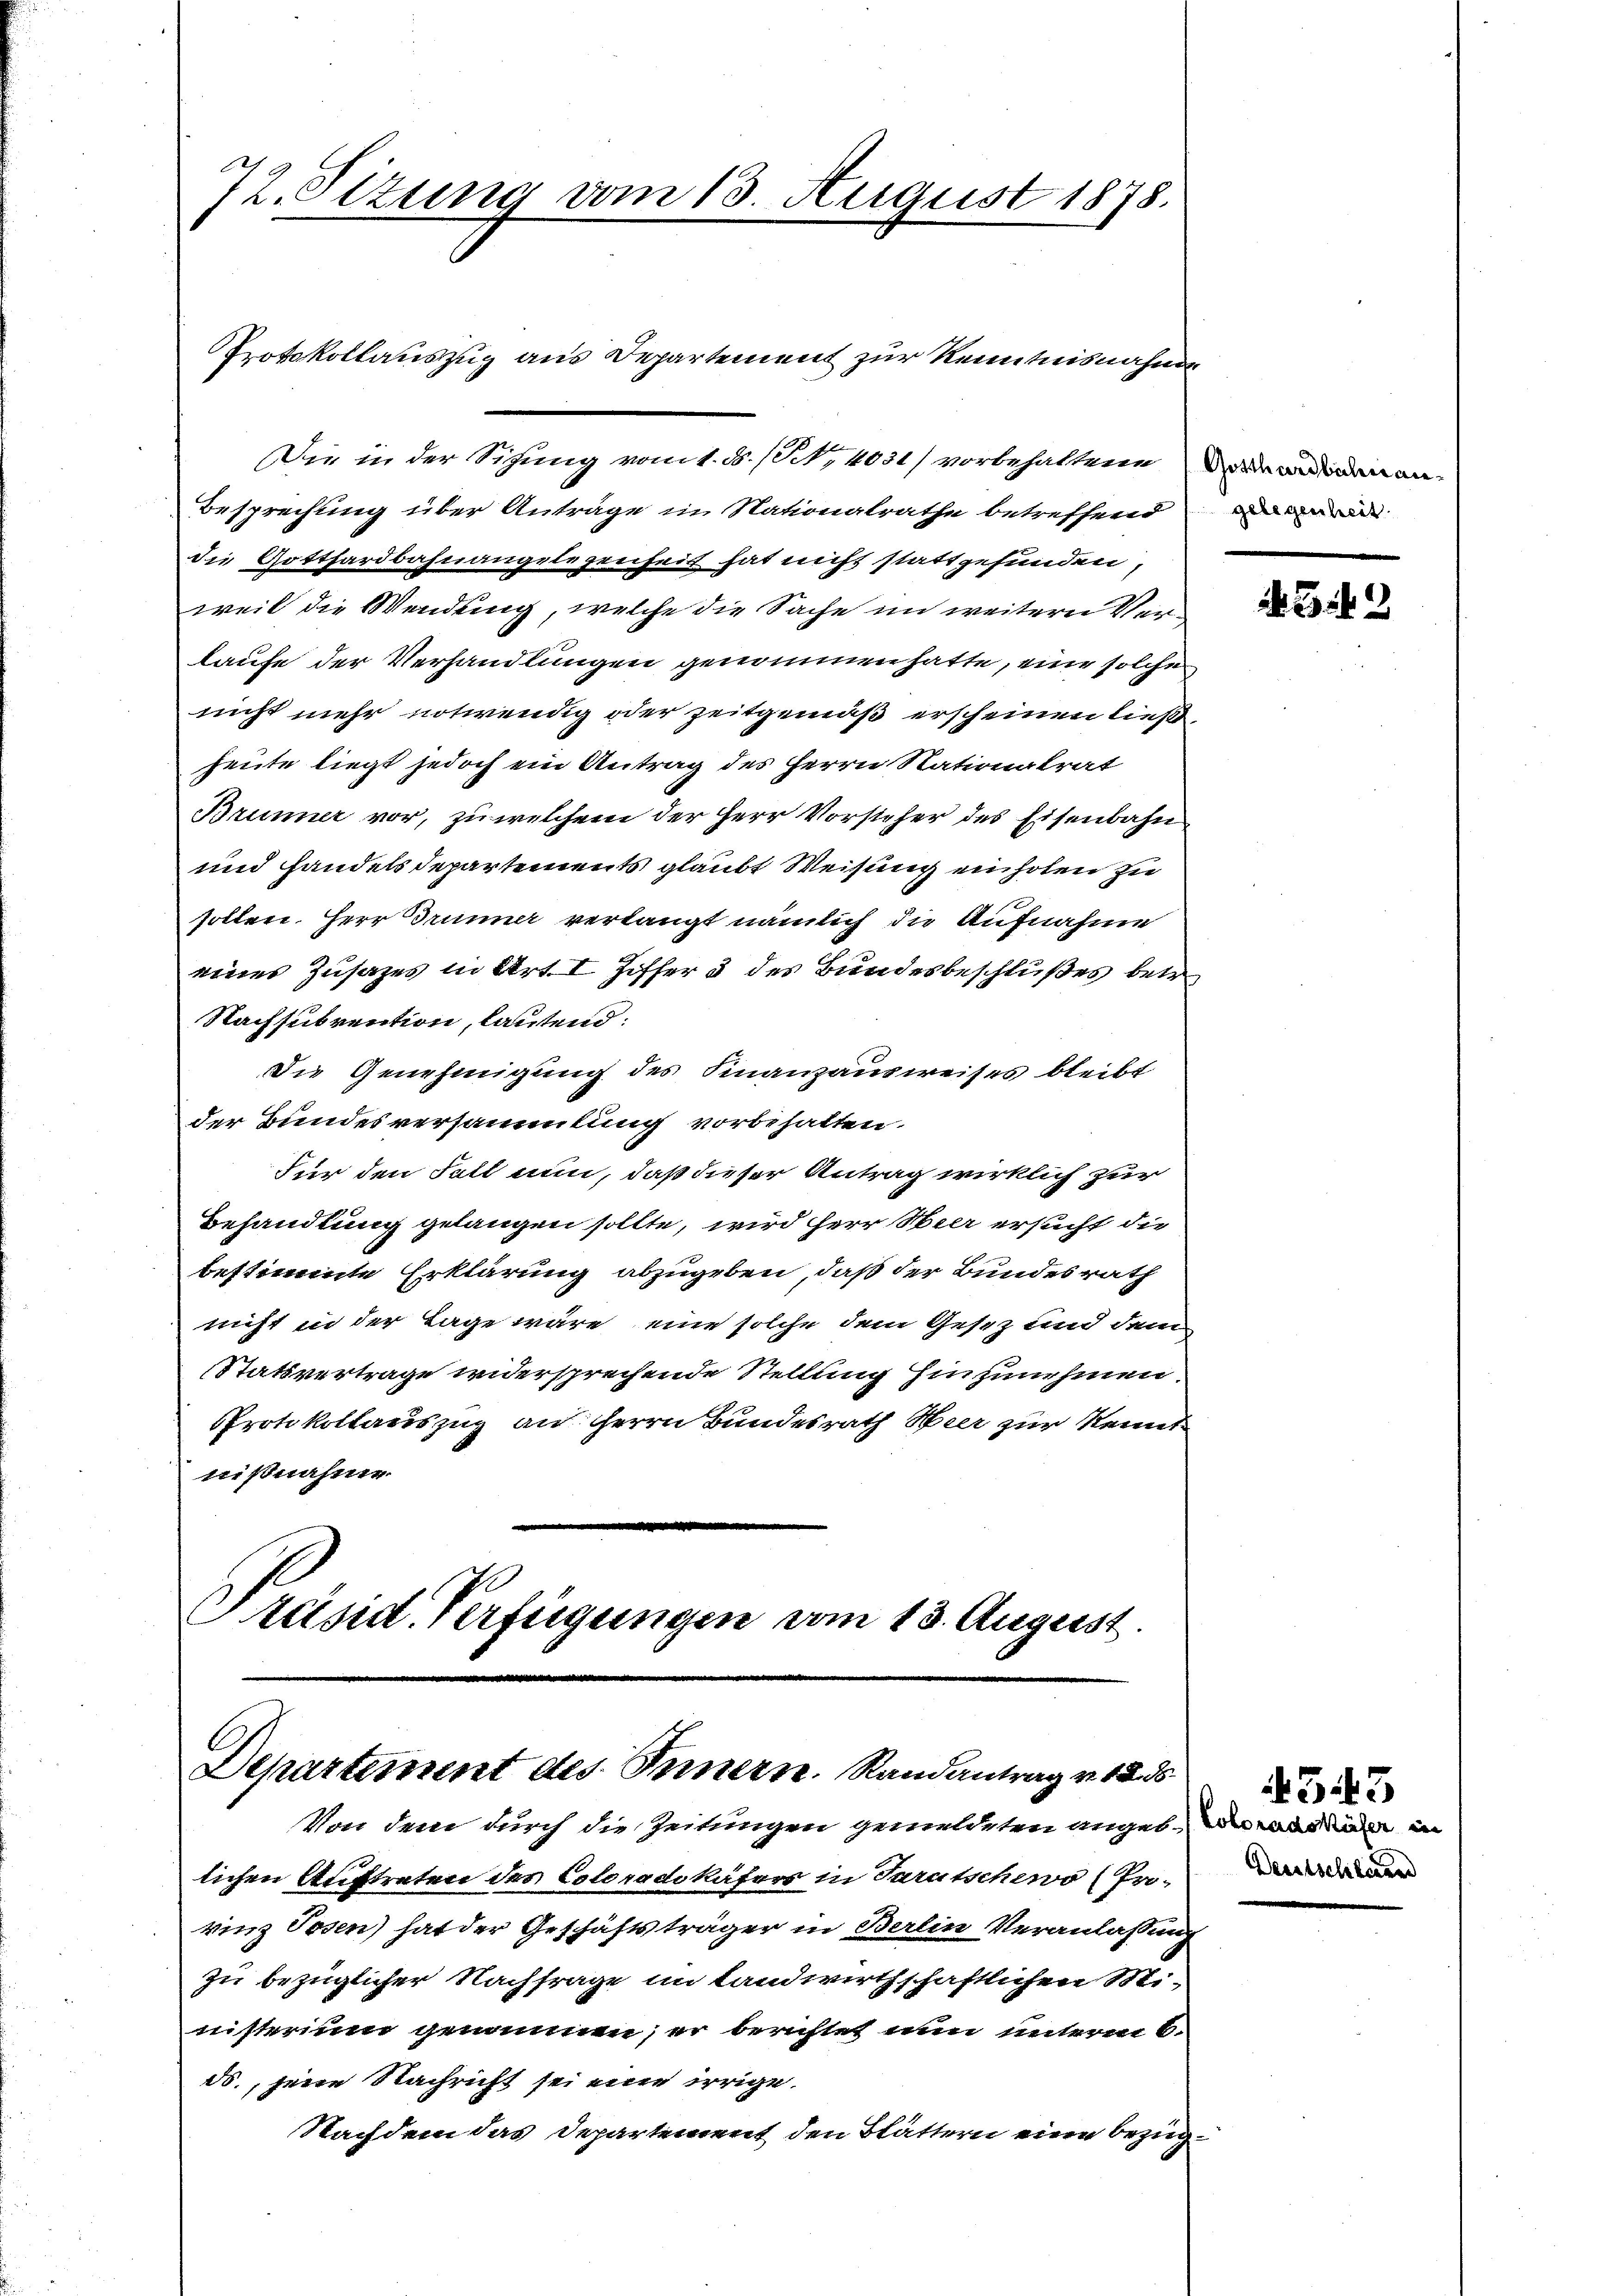
72. Sizung vom 13. August 1878.

Die in der Sigung vom 1. ds. (S. 4031) vorbehaltene
Besprechung über Anträge in Nationalrathe betreffend
die Gotthardbahnangelegenheit hat nicht stattgefunden,
weil die Wendung, welche die Sache im weitern Verlaufe der Verhandlungen genommen hatte, eine solche
nicht mehr notwendig oder Zeitgemäß erscheinen ließ,
heute liegt jedoch ein Antrag des Herrn Nationalrat
Brunner vor, zu welchem der Herr Vorsieher des Eisenbahn
und handels Departements glaubt Weisung einholen zu
sollen. Herr Trunner verlangt nämlich die Aufnahme
eines Zusatzes in Art. I Ziffer 3 des Bundesbeschlußes betr
Nachsubvention, lautend:
Die Genehmigung des Finanzausweises bleibt
der Bundesversammlung vorbehalten.
Für den Fall nun, daß dieser Antrag wirklich zur
Behandlung gelangen sollte, wird Herr Heer ersucht die
bestimmte Erklärung abzugeben, daß der Bundesrath
nicht in der Lage wäre, eine solche dem Gesetz und den
Statsvertrage widersprechende Stellung hinzunehmen.
PProtokollauszug an Herrn Bundesrath Heer zur Kennt
nißnahme.

Protokollauszug aus Departement zur Kenntnisnahme

Departement des Innern. Randantrag v. 12. ds
Von dem durch die Zeitungen gemeldeten angel. Dass die in

Präsid. Verfügungen vom 13. August.

Gotthardbahnangelegenheit

lichen Auftreten des Coloradikäfers in Parutschewo (Pro-
rinz Tosen) hat der Geschäftsträger in Berlin Veranlassung
zu bezüglicher Nachfrage im Landwirthschaftlichen Mi-
nisterium genommen; er berichtet nun unterm 6.
ds., seine Nachricht sei eine irrige
Nachdem das Departement den Blättern eine bezüg¬

642

4343
Deutschleien